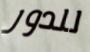
للدور